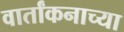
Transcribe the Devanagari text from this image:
वार्तांकनाच्या